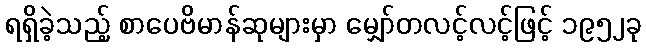
ရရှိခဲ့သည့် စာပေဗိမာန်ဆုများမှာ မျှော်တလင့်လင့်ဖြင့် ၁၉၅၂ခု